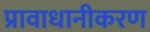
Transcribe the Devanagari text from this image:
प्रावाधानीकरण